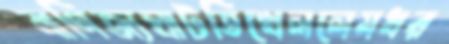
বাণিজ্যঘাটতিখেললেমধর